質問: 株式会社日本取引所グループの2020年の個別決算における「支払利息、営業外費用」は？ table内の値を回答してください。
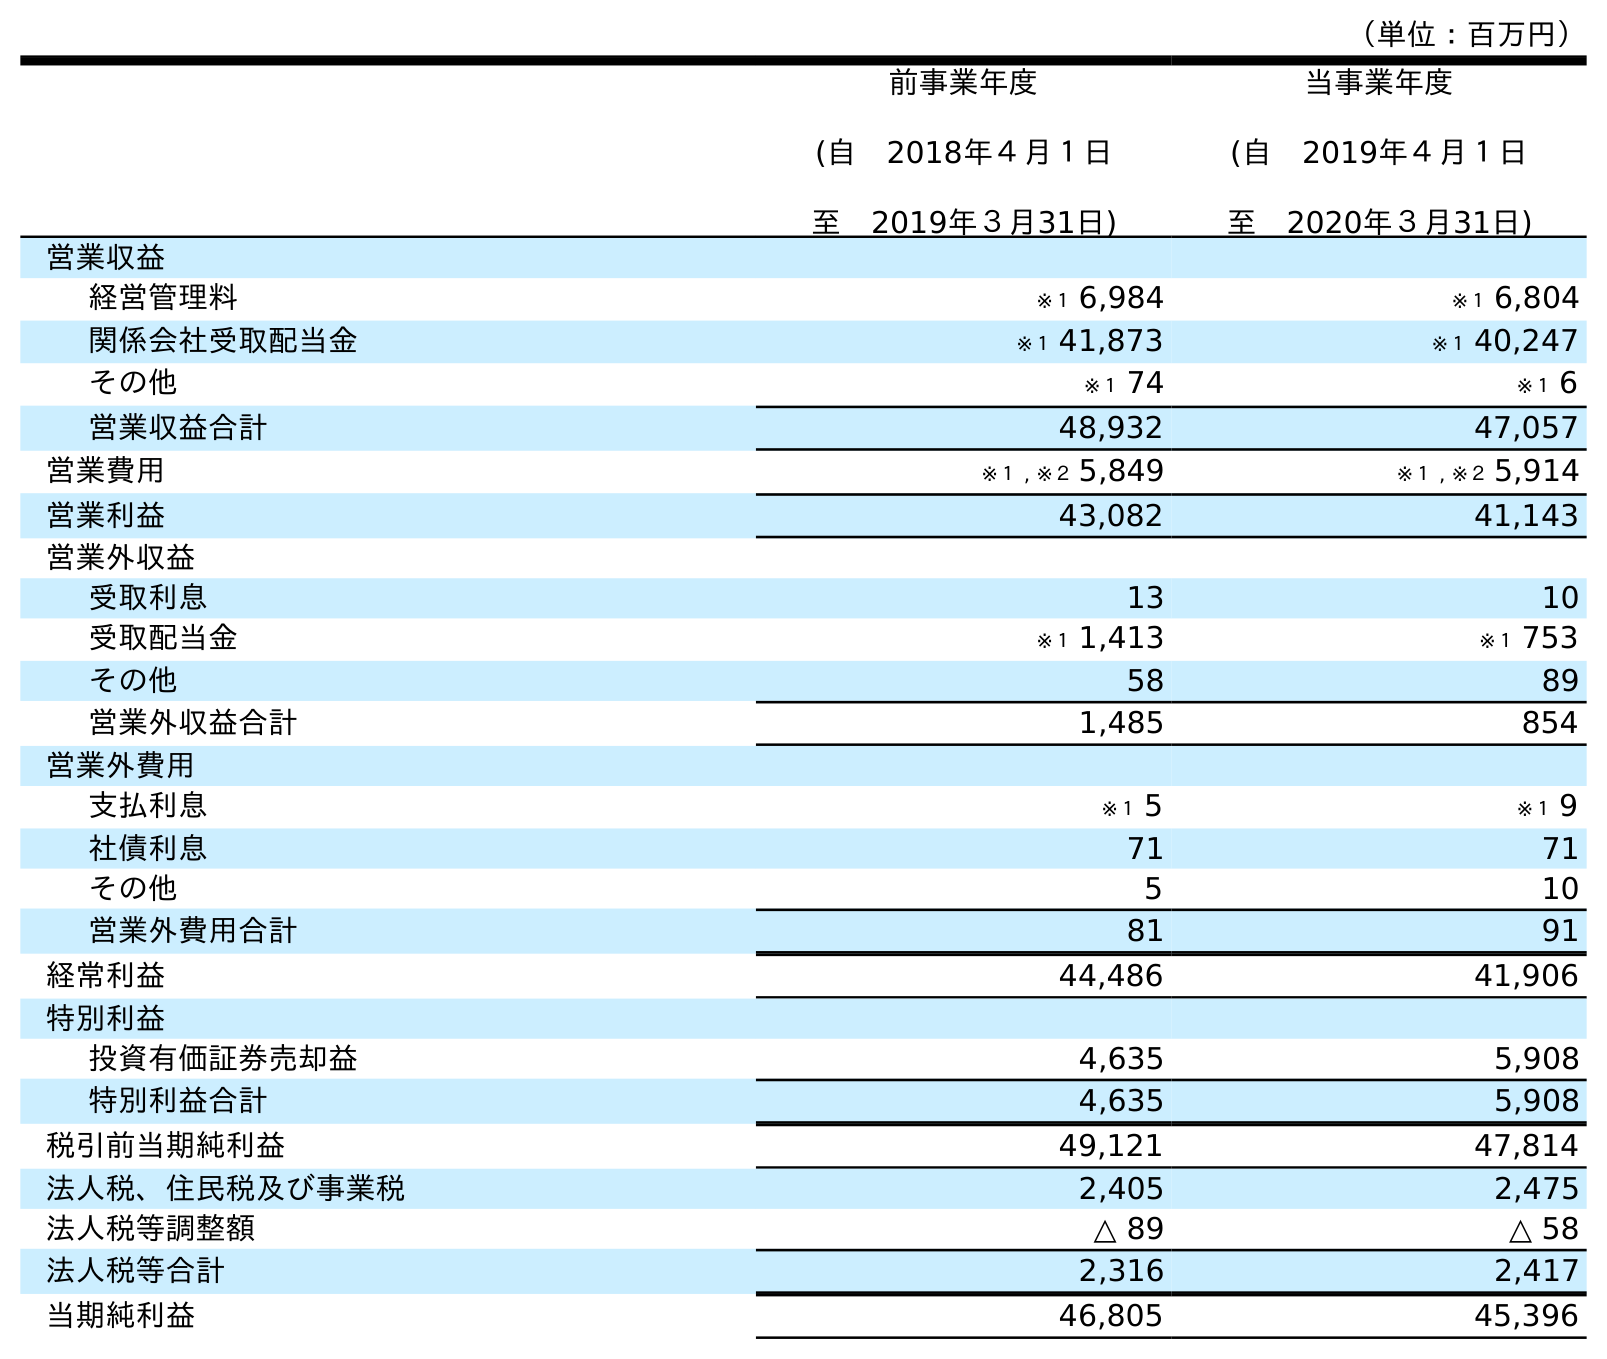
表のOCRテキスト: （単位：百万円） 前事業年度 (自 2018年４月１日 至 2019年３月31日) 当事業年度 (自 2019年４月１日 至 2020年３月31日) 営業収益 経営管理料 ※１ 6,984 ※１ 6,804 関係会社受取配当金 ※１ 41,873 ※１ 40,247 その他 ※１ 74 ※１ 6 営業収益合計 48,932 47,057 営業費用 ※１ , ※２ 5,849 ※１ , ※２ 5,914 営業利益 43,082 41,143 営業外収益 受取利息 13 10 受取配当金 ※１ 1,413 ※１ 753 その他 58 89 営業外収益合計 1,485 854 営業外費用 支払利息 ※１ 5 ※１ 9 社債利息 71 71 その他 5 10 営業外費用合計 81 91 経常利益 44,486 41,906 特別利益 投資有価証券売却益 4,635 5,908 特別利益合計 4,635 5,908 税引前当期純利益 49,121 47,814 法人税、住民税及び事業税 2,405 2,475 法人税等調整額 △ 89 △ 58 法人税等合計 2,316 2,417 当期純利益 46,805 45,396
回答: ※１9